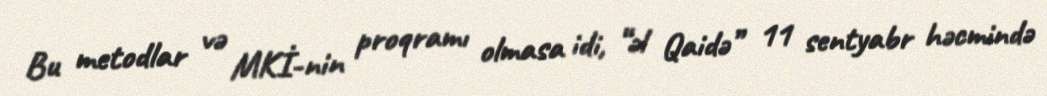
Bu metodlar və MKİ-nin proqramı olmasa idi, “əl Qaidə” 11 sentyabr həcmində